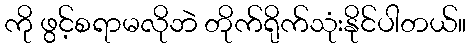
ကို ဖွင့်စရာမလိုဘဲ တိုက်ရိုက်သုံးနိုင်ပါတယ်။